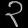
Digit: ၃